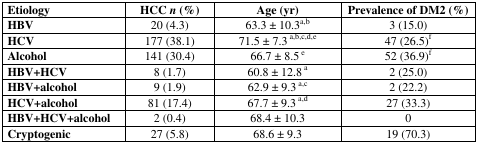
| Etiology | HCC n (%) | Age (yr) | Prevalence of DM2 (%) |
 | --- | --- | --- | --- |
 | HBV | 20 (4.3) | 63.3 ± 10.3a,b | 3 (15.0) |
 | HCV | 177 (38.1) | 71.5 ± 7.3 a,b,c,d,e | 47 (26.5)f |
 | Alcohol | 141 (30.4) | 66.7 ± 8.5 e | 52 (36.9)f |
 | HBV+HCV | 8 (1.7) | 60.8 ± 12.8 a | 2 (25.0) |
 | HBV+alcohol | 9 (1.9) | 62.9 ± 9.3 a,c | 2 (22.2) |
 | HCV+alcohol | 81 (17.4) | 67.7 ± 9.3 a,d | 27 (33.3) |
 | HBV+HCV+alcohol | 2 (0.4) | 68.4 ± 10.3 | 0 |
 | Cryptogenic | 27 (5.8) | 68.6 ± 9.3 | 19 (70.3) |